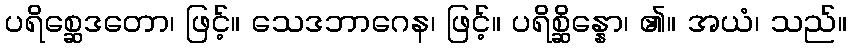
ပရိစ္ဆေဒတော၊ ဖြင့်။ သေဒဘာဂေန၊ ဖြင့်။ ပရိစ္ဆိန္နော၊ ၏။ အယံ၊ သည်။